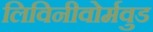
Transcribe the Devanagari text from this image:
लिविनीवोर्मवुड